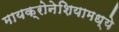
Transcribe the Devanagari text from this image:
मायक्रोनेशियामध्ये